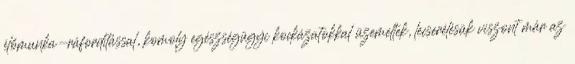
élőmunka-ráfordítással, komoly egészségügyi kockázatokkal üzemeltek, lecserélésük viszont már az